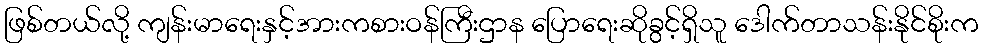
ဖြစ်တယ်လို့ ကျန်းမာရေးနှင့်အားကစားဝန်ကြီးဌာန ပြောရေးဆိုခွင့်ရှိသူ ဒေါက်တာသန်းနိုင်စိုးက